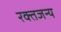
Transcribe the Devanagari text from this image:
रक्तजन्य